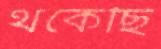
থকেছি